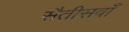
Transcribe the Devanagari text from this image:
सैतीसवाँ